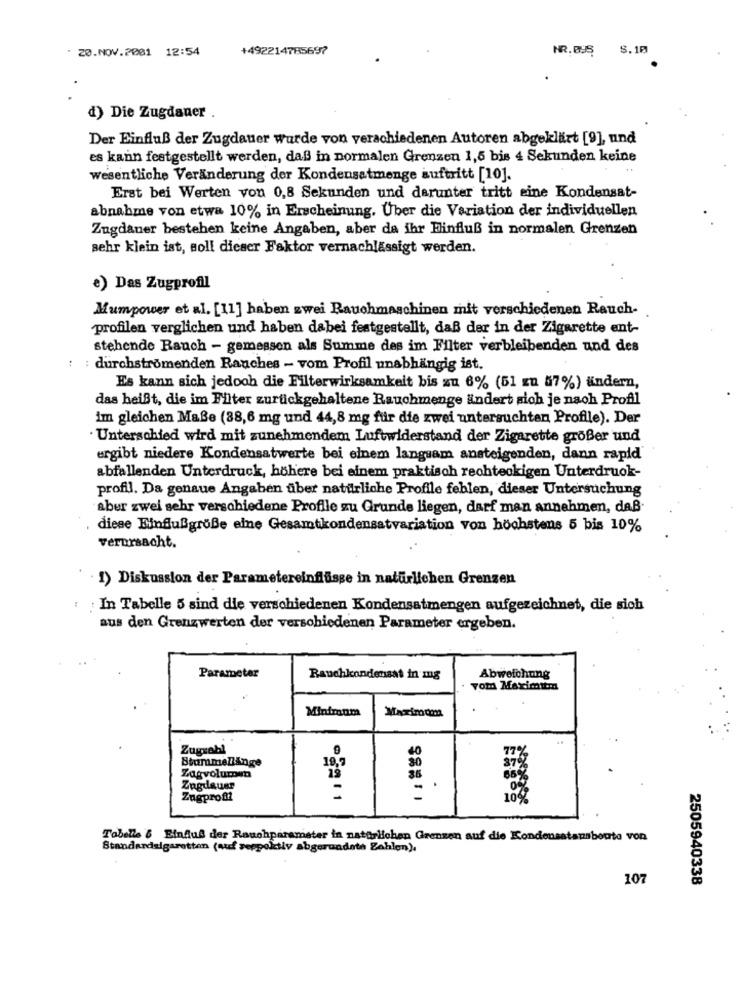
. 20.NOV.2001 12:54
+492214785697
NR.BUS $.10
d) Die Zugdauer
Der Einfluß der Zugdauer wurde von verschiedenen Autoren abgeklärt [9], und
es kann festgestellt werden, daß in normalen Grenzen 1,5 bis 4 Sekunden keine
wesentliche Veränderung der Kondensatmenge auftritt [10].
Erst bei Werten von 0,8 Sekunden und darunter tritt eine Kondensat-
abnahme von etwa 10% in Erscheinung. Über die Variation der individuellen
Zugdaner bestehen keine Angaben, aber da ihr Binfluß in normalen Grenzen
sehr klein ist, soll dieser Faktor vernachlässigt werden.
e) Das Zugprofil
Mumpower et al. [11] haben zwei Rauchmaschinen mit verschiedenen Rauch-
profilen verglichen und haben dabei festgestellt, daß der in der Zigarette ent-
stehende Rauch - gemessen als Summe des im Filter verbleibenden und des
: : durchströmenden Ranches - vom Profil unabhängig ist.
Es kann sich jedoch die Filterwirksamkeit bis zu 6% (51 zu 57%) ändern,
das heißt, die im Filter zurückgehaltene Rauchmenge ändert sich je nach Profil
im gleichen Maße (88,6 mg und 44,8 mg für die zwei untersuchten Profile). Der
· Unterschied wird mit zunehmendem Luftwiderstand der Zigarette größer und
ergibt niedere Kondensatwerte bei einem langsam ansteigenden, dann rapid
abfallenden Unterdruck, höhere bei einem praktisch rechteckigen Unterdruck-
profil. Da genaue Angaben über natürliche Profile feblen, dieser Untersuchung
aber zwei sehr verschiedene Profile zu Grunde liegen, darf man annehmen, daß-
diese Einflußgröße eine Gesamtkondensatvariation von höchstens 5 bis 10%
verursacht.
1) Diskussion der Parametereinflüsse in natürlichen Grenzen
: In Tabelle 5 sind die verschiedenen Kondensatmengen aufgezeichnet, die sich
aus den Grenzwerten der verschiedenen Parameter ergeben.
Parameter
Rauchkondensat in mg
Abweichung
vom Maximattm
Minimum
Maximom
Zugrabl
Stummellänge
19.7
3.79
77%
30
Zagvolumen
19
35
Zugdauer
-
.
Zugproff
-
1042
Tabelle & EinAus der Rauchparameter in natürlichen Grenzen auf die Kondensatausbeute von
Standardsigaretten (auf seppektiv abgerundeta Zahlen).
107
2505940338